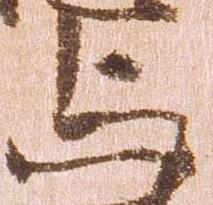
与